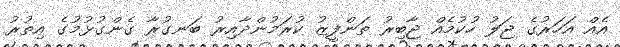
އެއް އަހަރުގެ ޖަލު ހުކުމެއް ޖާބިރު ތަންފީޒު ކުރަމުންދާއިރު ބަނގުރާ ގެންގުޅުމުގެ އިތުރު